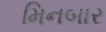
મિનબાર